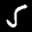
Label: 5